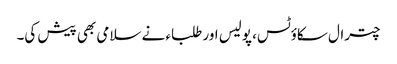
چترال سکاؤٹس، پولیس اور طلباء نے سلامی بھی پیش کی۔